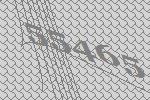
55465